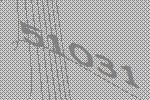
51031